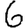
Digit: 6